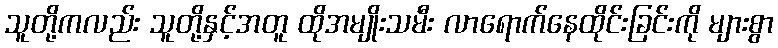
သူတို့ကလည်း သူတို့နှင့်အတူ ထိုအမျိုးသမီး လာရောက်နေထိုင်းခြင်းကို များစွာ